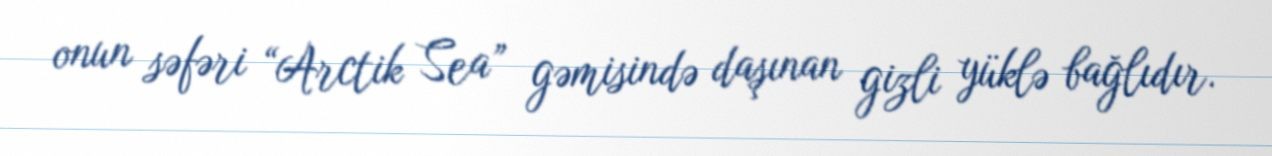
onun səfəri “Arctik Sea” gəmisində daşınan gizli yüklə bağlıdır.